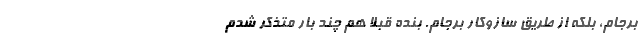
برجام، بلكه از طريق سازوكار برجام. بنده قبلاً هم چند بار متذكر شدم